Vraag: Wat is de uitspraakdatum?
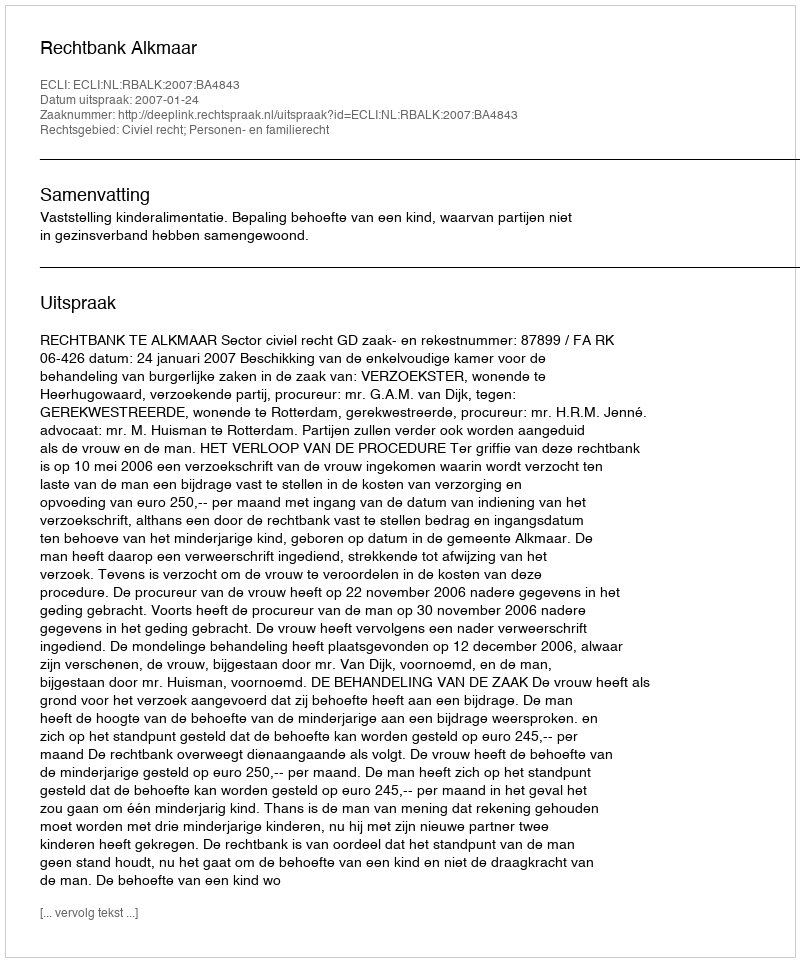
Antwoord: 2007-01-24